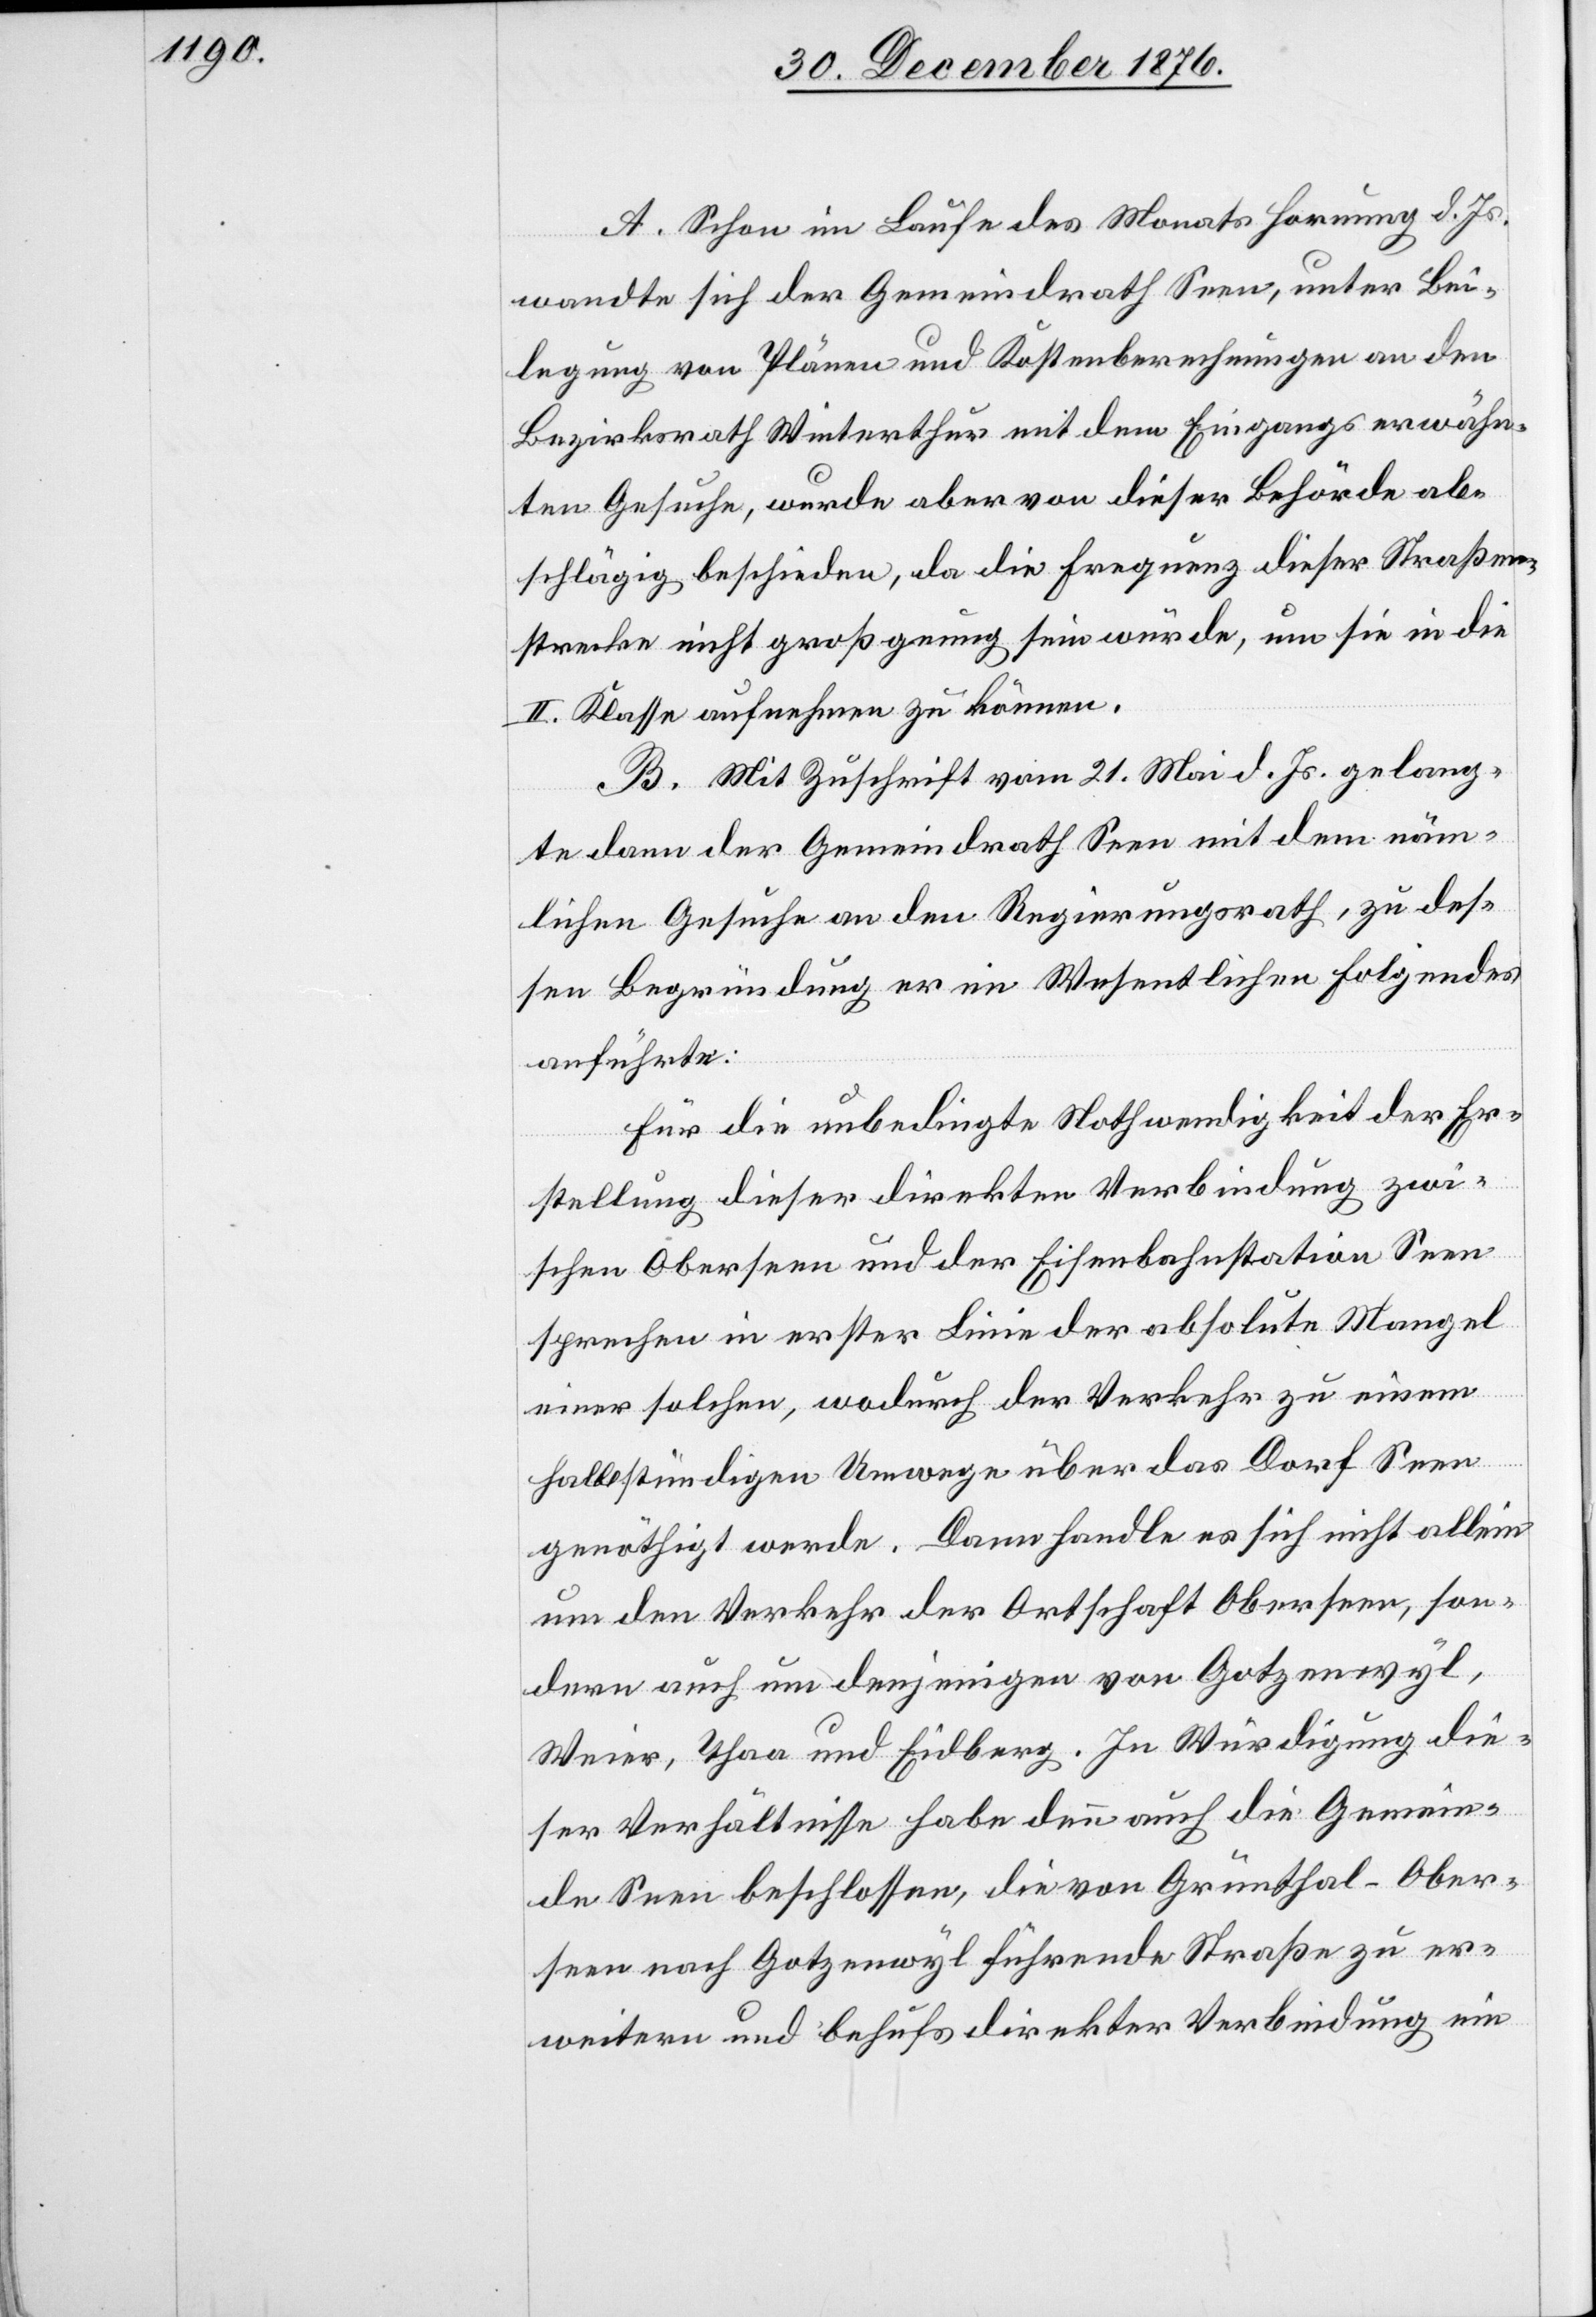
A. Schon im Laufe des Monats Hornung d. Js.
wandte sich der Gemeindrath Seen, unter Bei¬
legung von Plänen und Kostenberechnungen an den
Bezirksrath Winterthur mit dem Eingangs erwähn¬
ten Gesuche, wurde aber von dieser Behörde ab¬
schlägig beschieden, da die Frequenz dieser Straßen¬
strecke nicht groß genug sein würde, um sie in die
II. Klasse aufnehmen zu können.
B. Mit Zuschrift vom 21. Mei d. Js. gelang¬
te dann der Gemeindrath Seen mit dem näm¬
lichen Gesuche an den Regierungsrath, zu des¬
sen Begründung er im Wesentlichen Folgendes
anführte:
Für die unbedingte Nothwendigkeit der Er¬
stellung dieser Direktion Verbindung zwi¬
schen Oberseen und der Eisenbahnstation Seen
sprechen in erster Linie der absolute Mangel
eines solchen, wodurch der Verkehr zu einem
halbstündigen Umwege über das Dorf Seen
genöthigt werde. Dann handle es sich nicht allein
um den Verkehr der Ortschaft Oberseen, son¬
dern auch um denjenigen von Gotzenwyl,
Weier, Thaa und Eidberg. In Würdigung die¬
ser Verhältnisse habe denn auch die Gemein¬
de Seen beschlossen, die von Grünthal-Ober¬
seen nach Gotzenwyl führende Straße zu er¬
weitern und behufs direkter Verbindung ein